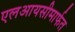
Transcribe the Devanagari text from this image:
एलआयसीमार्फत